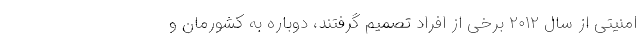
امنیتی از سال ۲۰۱۲ برخی از افراد تصمیم گرفتند، دوباره به کشورمان و